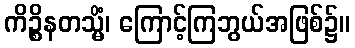
ကိဉ္စိနတသ္မိံ၊ ကြောင့်ကြဘွယ်အဖြစ်၌။